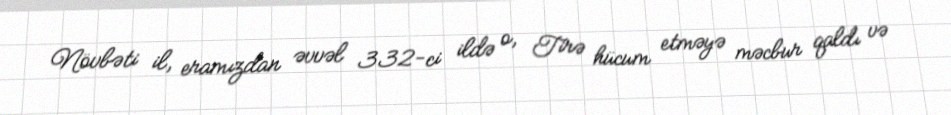
Növbəti il, eramızdan əvvəl 332-ci ildə o, Tirə hücum etməyə məcbur qaldı və